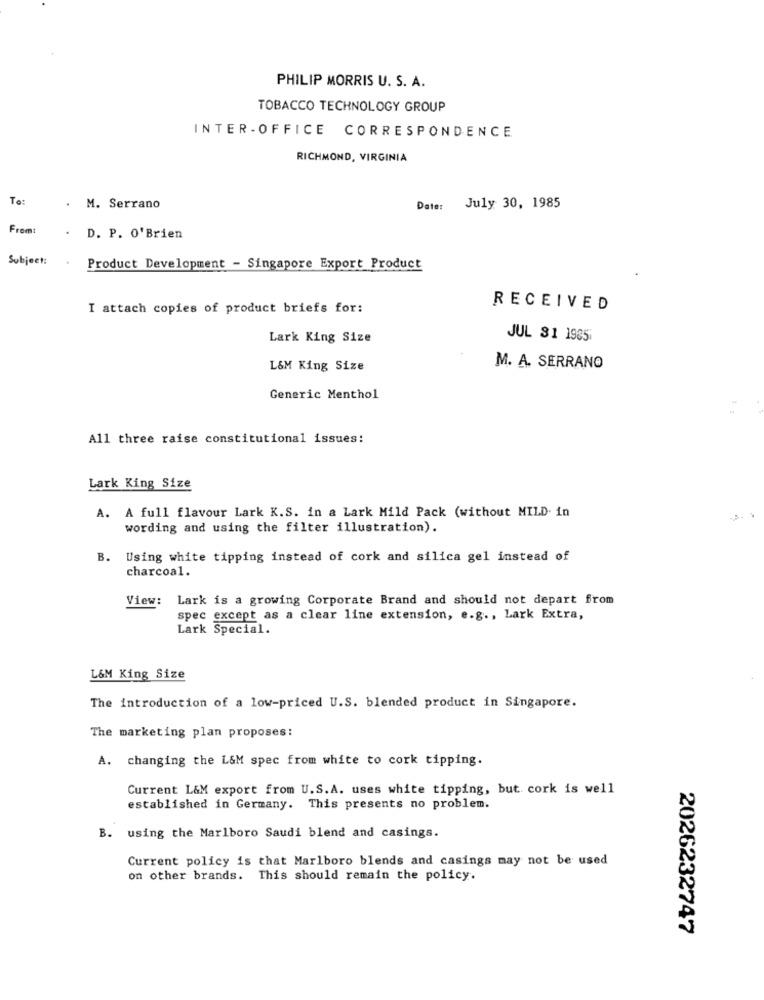
PHILIP MORRIS U. S. A.
TOBACCO TECHNOLOGY GROUP
INTER - OFFICE CORRESPONDENCE
RICHMOND, VIRGINIA
To:
. M. Serrano
Date: July 30, 1985
From:
. D. P. O'Brien
Subject:
Product Development - Singapore Export Product
I attach copies of product briefs for:
RECEIVED
Lark King Size
JUL 31 1985
L&M King Size
M. A. SERRANO
Generic Menthol
All three raise constitutional issues:
Lark King Size
A. A full flavour Lark K.S. in a Lark Mild Pack (without MILD. in
wording and using the filter illustration).
B. Using white tipping instead of cork and silica gel instead of
charcoal.
View: Lark is a growing Corporate Brand and should not depart from
spec except as a clear line extension, e.g ., Lark Extra,
Lark Special.
L&M King Size
The introduction of a low-priced U.S. blended product in Singapore.
The marketing plan proposes:
A. changing the L&M spec from white to cork tipping.
Current L&M export from U.S.A. uses white tipping, but cork is well
established in Germany. This presents no problem.
B. using the Marlboro Saudi blend and casings.
Current policy is that Marlboro blends and casings may not be used
on other brands. This should remain the policy.
2026232747